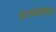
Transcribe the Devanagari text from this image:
इंटरप्राइज़ेस